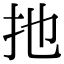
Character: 扡